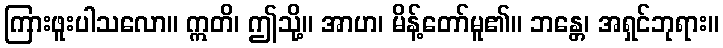
ကြားဖူးပါသလော။ ဣတိ၊ ဤသို့။ အာဟ၊ မိန့်တော်မူ၏။ ဘန္တေ၊ အရှင်ဘုရား။